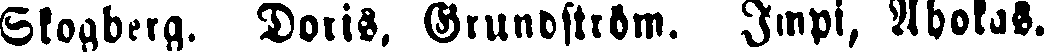
Skogberg. Doris, Grundström. Impi, Ahokas.